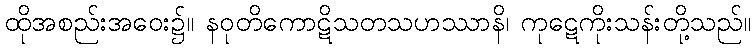
ထိုအစည်းအဝေး၌။ နဝုတိကောဋိသတသဟဿာနိ၊ ကုဋေကိုးသန်းတို့သည်။